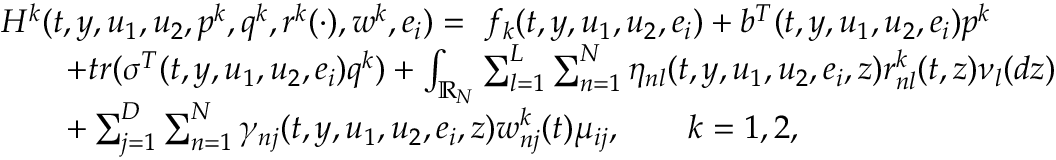
\begin{array} { r l } & { H ^ { k } ( t , y , u _ { 1 } , u _ { 2 } , p ^ { k } , q ^ { k } , r ^ { k } ( \cdot ) , w ^ { k } , e _ { i } ) = \ f _ { k } ( t , y , u _ { 1 } , u _ { 2 } , e _ { i } ) + b ^ { T } ( t , y , u _ { 1 } , u _ { 2 } , e _ { i } ) p ^ { k } } \\ & { \qquad + t r ( \sigma ^ { T } ( t , y , u _ { 1 } , u _ { 2 } , e _ { i } ) q ^ { k } ) + \int _ { \mathbb { R } _ { N } } \sum _ { l = 1 } ^ { L } \sum _ { n = 1 } ^ { N } \eta _ { n l } ( t , y , u _ { 1 } , u _ { 2 } , e _ { i } , z ) r _ { n l } ^ { k } ( t , z ) \nu _ { l } ( d z ) } \\ & { \qquad + \sum _ { j = 1 } ^ { D } \sum _ { n = 1 } ^ { N } \gamma _ { n j } ( t , y , u _ { 1 } , u _ { 2 } , e _ { i } , z ) w _ { n j } ^ { k } ( t ) \mu _ { i j } , \qquad k = 1 , 2 , } \end{array}